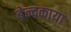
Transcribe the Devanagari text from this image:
बेन्दकाया